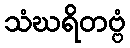
သံဃရိတဗ္ဗံ